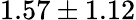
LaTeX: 1.57\pm 1.12